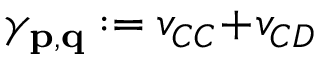
\gamma _ { \mathbf { p } , \mathbf { q } } : = v _ { C C } \! + \! v _ { C D }